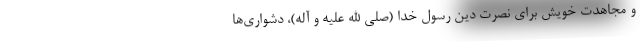
و مجاهدت خویش برای نصرت دین رسول خدا (صلی الله علیه و آله)، دشواری‌ها